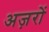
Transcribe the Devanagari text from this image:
अज़रों